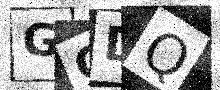
Text: GCDQ